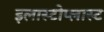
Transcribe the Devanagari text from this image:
इलास्टोप्लास्ट